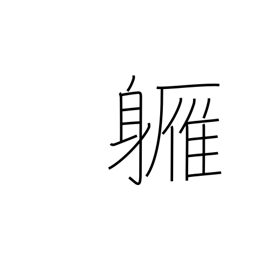
Meaning: almost